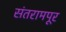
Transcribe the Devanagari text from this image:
संतरामपूर